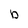
Character: b